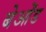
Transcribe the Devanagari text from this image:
बेओंड